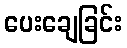
ပေးချေခြင်း